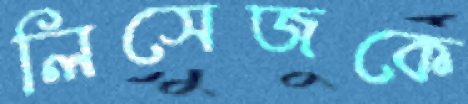
লিসেজকে